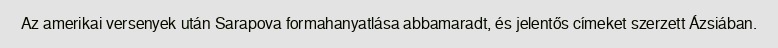
Az amerikai versenyek után Sarapova formahanyatlása abbamaradt, és jelentős címeket szerzett Ázsiában.